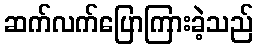
ဆက်လက်ပြောကြားခဲ့သည်